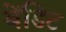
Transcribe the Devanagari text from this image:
बेंडिट